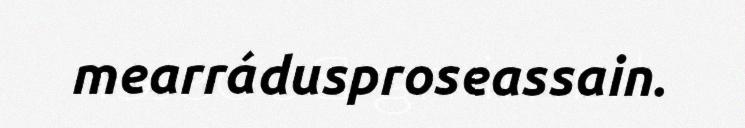
mearrádusproseassain.